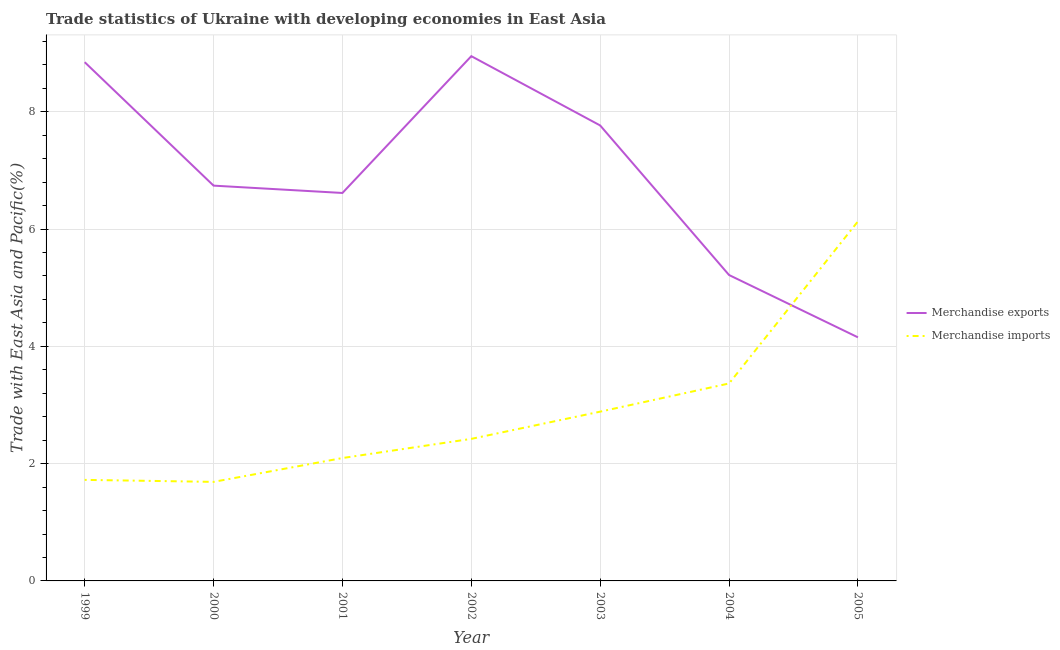
| Year | Merchandise exports | Merchandise imports |
 | --- | --- | --- |
 | 1999 | 8.85 | 1.72 |
 | 2000 | 6.74 | 1.69 |
 | 2001 | 6.62 | 2.1 |
 | 2002 | 8.95 | 2.42 |
 | 2003 | 7.77 | 2.89 |
 | 2004 | 5.22 | 3.37 |
 | 2005 | 4.15 | 6.13 |